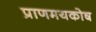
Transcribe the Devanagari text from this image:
प्राणमयकोष